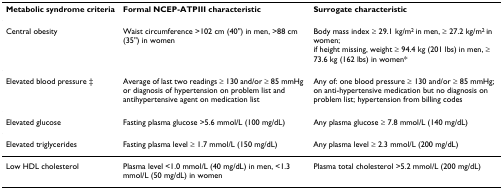
| Metabolic syndrome criteria | Formal NCEP-ATPIII characteristic | Surrogate characteristic |
 | --- | --- | --- |
 | Central obesity | Waist circumference >102 cm (40") in men, >88 cm (35") in women | Body mass index ≥ 29.1 kg/m2 in men, ≥ 27.2 kg/m2 in women;if height missing, weight ≥ 94.4 kg (201 lbs) in men, ≥ 73.6 kg (162 lbs) in women* |
 | Elevated blood pressure ‡ | Average of last two readings ≥ 130 and/or ≥ 85 mmHg or diagnosis of hypertension on problem list and antihypertensive agent on medication list | Any of: one blood pressure ≥ 130 and/or ≥ 85 mmHg; on anti-hypertensive medication but no diagnosis on problem list; hypertension from billing codes |
 | Elevated glucose | Fasting plasma glucose >5.6 mmol/L (100 mg/dL) | Any plasma glucose ≥ 7.8 mmol/L (140 mg/dL) |
 | Elevated triglycerides | Fasting plasma level ≥ 1.7 mmol/L (150 mg/dL) | Any plasma level ≥ 2.3 mmol/L (200 mg/dL) |
 | Low HDL cholesterol | Plasma level <1.0 mmol/L (40 mg/dL) in men, <1.3 mmol/L (50 mg/dL) in women | Plasma total cholesterol >5.2 mmol/L (200 mg/dL) |